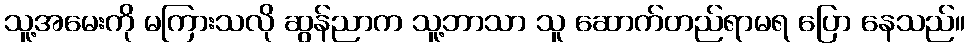
သူ့အမေးကို မကြားသလို ဆွန်ညာက သူ့ဘာသာ သူ ဆောက်တည်ရာမရ ပြော နေသည်။